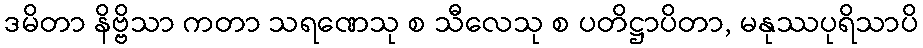
ဒမိတာ နိဗ္ဗိသာ ကတာ သရဏေသု စ သီလေသု စ ပတိဋ္ဌာပိတာ, မနုဿပုရိသာပိ